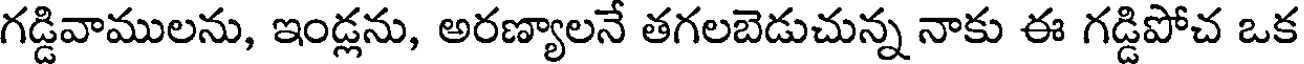
గడ్డివాములను, ఇండ్లను, అరణ్యాలనే తగలబెడుచున్న నాకు ఈ గడ్డిపోచ ఒక